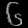
Digit: ၆